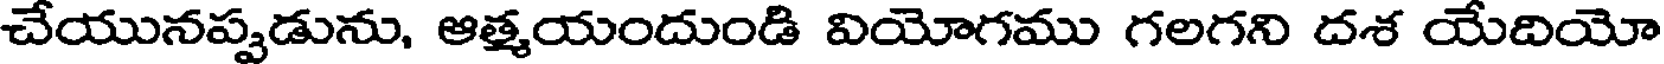
చేయునప్పడును, ఆత్మయందుండి వియోగము గలగని దశ యేదియో